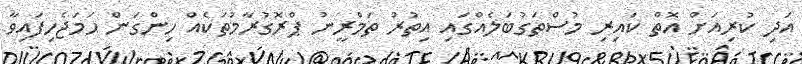
އަދި ކުރިއަށް އޮތް ކައިރި މުސްތަގުބަލެއްގައި އިތުރު ތަމްރީނު ޕްރޮގުރާމުތަކެއް ހިންގަން ހަމަޖެހިފައިވާ